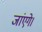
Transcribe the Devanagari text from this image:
जांएगे।